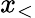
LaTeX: x_{<}